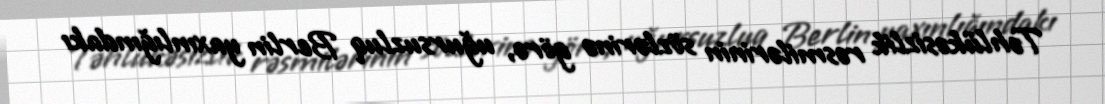
Təhlükəsizlik rəsmilərinin sözlərinə görə, uğursuzluq Berlin yaxınlığındakı